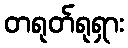
တရုတ်ရုရှား